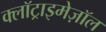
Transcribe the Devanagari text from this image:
क्लॉट्राइमेज़ॉल